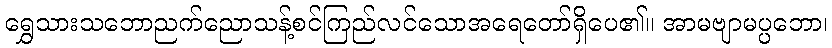
ရွှေသားသဘောညက်ညောသန့်စင်ကြည်လင်သောအရေတော်ရှိပေ၏။ အာမဗျာမပ္ပဘော၊